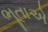
ભૂતાએ